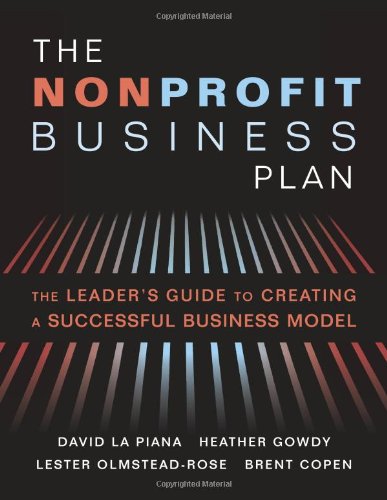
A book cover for The Nonprofit Business Plan: A Leader's Guide to Creating a Successful Business Model; David La Piana; Business & Money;